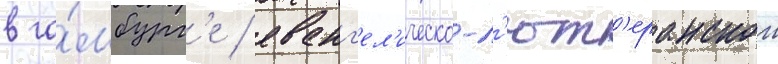
в га́мбург'е / еванг'ел'ическо-л'ют'еранскои